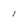
Character: 1